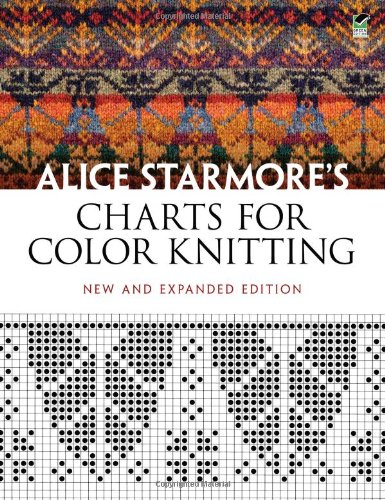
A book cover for Alice Starmore's Charts for Color Knitting: New and Expanded Edition (Dover Knitting, Crochet, Tatting, Lace); Alice Starmore; Arts & Photography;